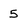
Character: 5